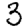
Digit: 3